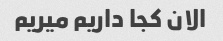
الان کجا داریم میریم